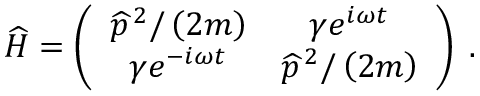
\widehat { H } = \left( \begin{array} { c c } { \widehat { p } ^ { \, 2 } / \left( 2 m \right) } & { \gamma e ^ { i \omega t } } \\ { \gamma e ^ { - i \omega t } } & { \widehat { p } ^ { \, 2 } / \left( 2 m \right) } \end{array} \right) \; .